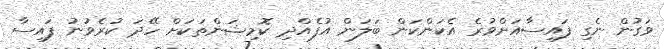
ވަގުން ނެގި ފައިސާއަށްވުރެ އެކަންކަން ބަލަން އުފެއްދި ކޮމިޝަންތަކަށް ހޭދަ ކުރެވުނު ފައިސާ